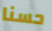
حسنا